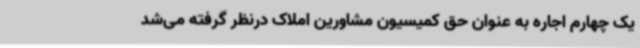
یک چهارم اجاره به عنوان حق کمیسیون مشاورین املاک درنظر گرفته می‌شد